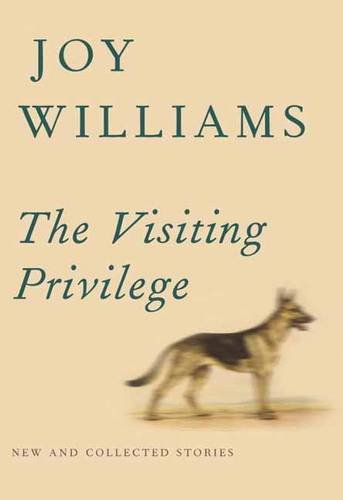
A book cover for The Visiting Privilege: New and Collected Stories; Joy Williams; Literature & Fiction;